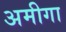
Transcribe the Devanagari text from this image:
अमीगा